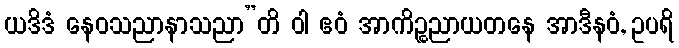
ယဒိဒံ နေဝသညာနာသညာ”တိ ဝါ ဧဝံ အာကိဉ္စညာယတနေ အာဒီနဝံ, ဥပရိ